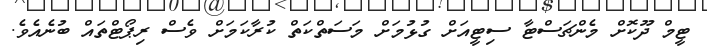
ޓީމް ދޫކޮށް މެންޗަސްޓާ ސިޓީއަށް ގުޅުމަށް މަސަތްކަތް ކުރާކަމަށް ވެސް ރިޕޯޓްތައް ބުނެއެވެ.